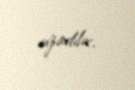
uzadılır.